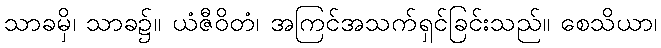
သာခမှိ၊ သာခ၌။ ယံဇီဝိတံ၊ အကြင်အသက်ရှင်ခြင်းသည်။ စေသိယာ၊